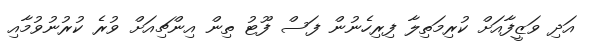
އަދި ވަޒީފާއަށް ކުރިމަތިލާ ފިރިހެނުން ފަސް ފޫޓު ތިން އިންޗިއަށް ވުރެ ކުރުނުވުމާއި